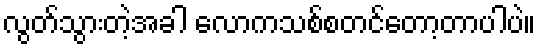
လွတ်သွားတဲ့အခါ လောကသစ်စတင်တော့တာပါပဲ။